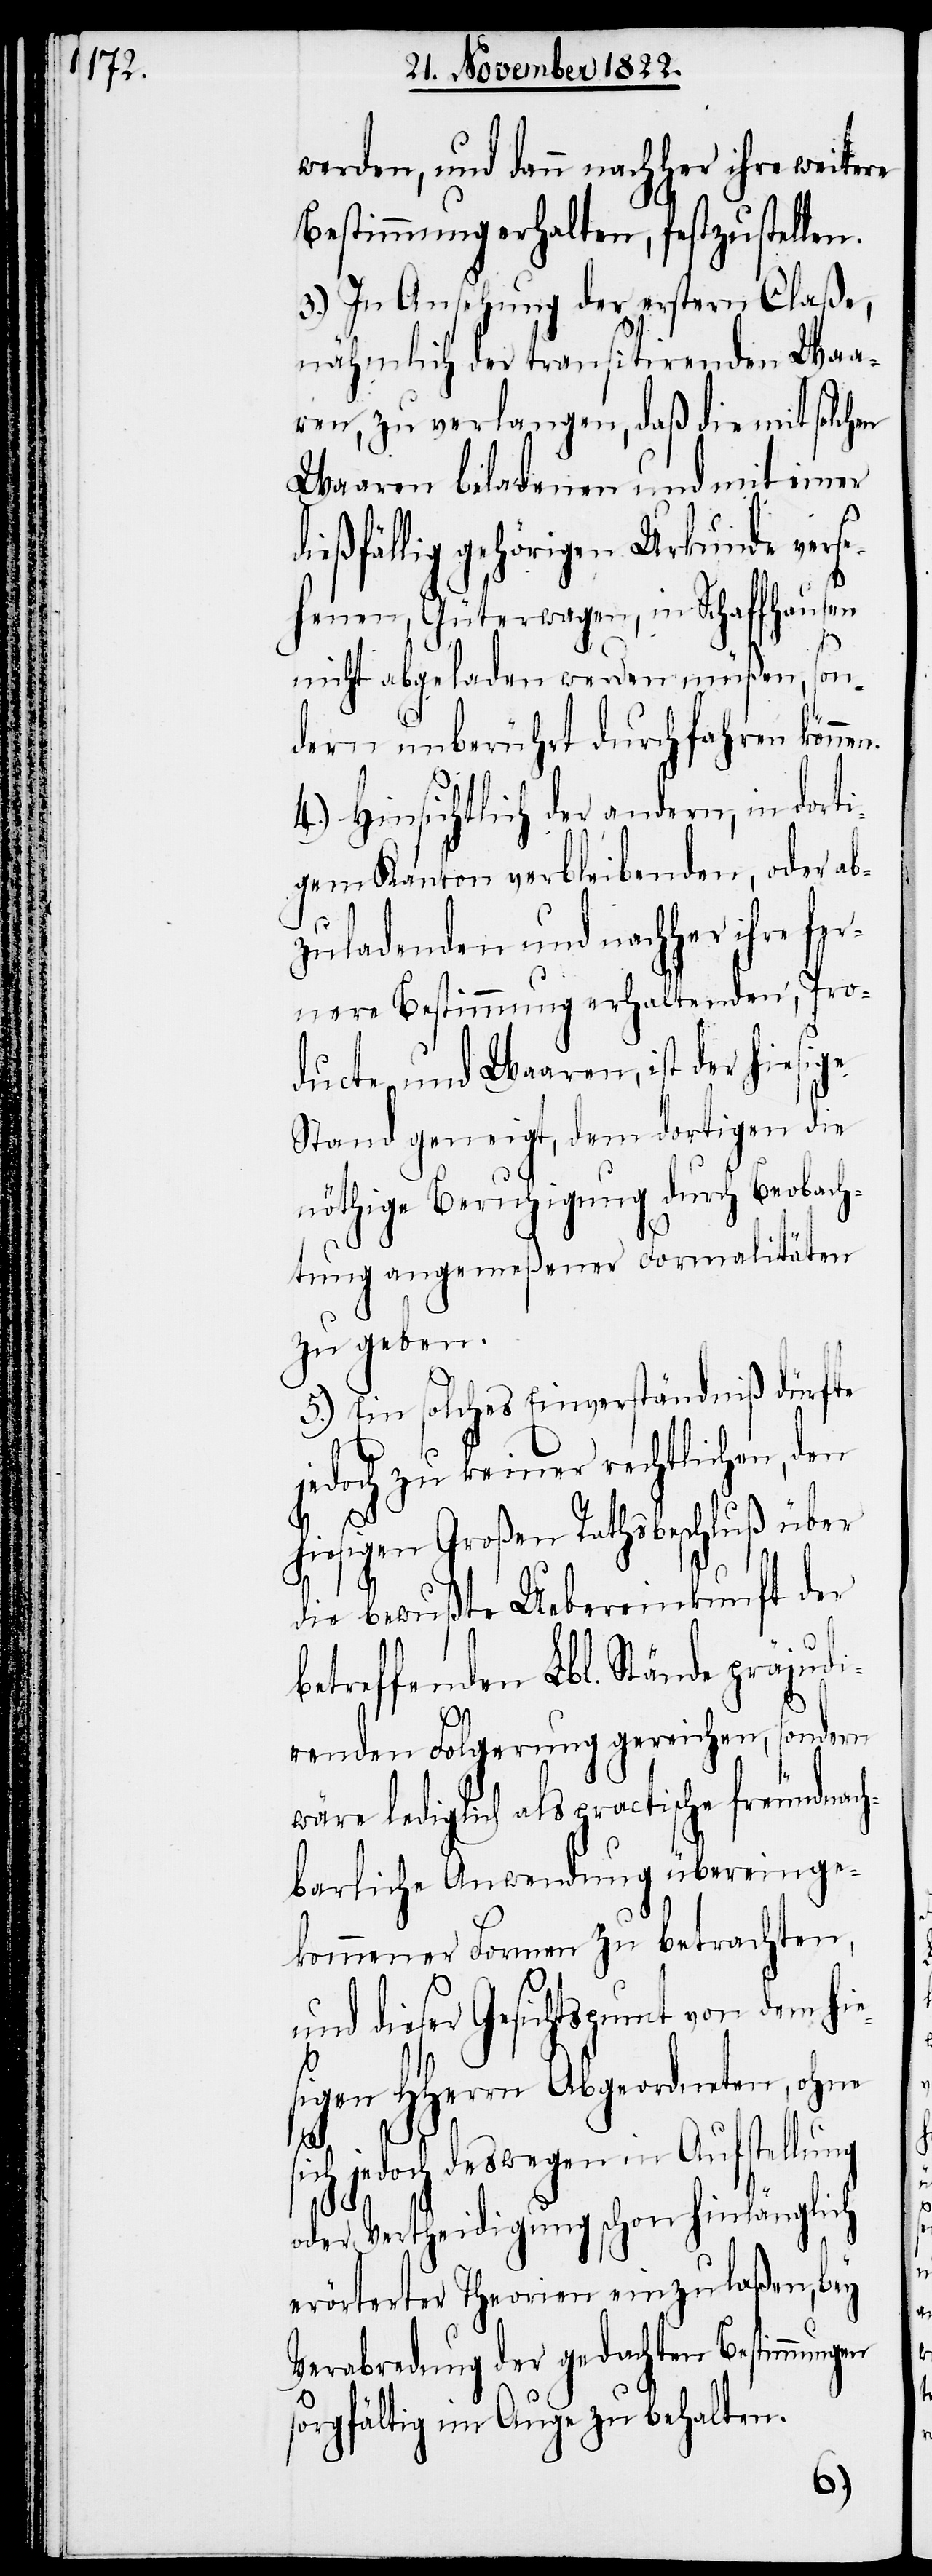
werden, und dann nachher ihre weitere
Bestimmung erhalten, festzustellen.
3) In Ansehung der erstern Claße,
nähmlich der transitirenden Waa¬
ren, zu verlangen, daß die mit solchen
Waaren beladenen und mit einer
ießfällig gehörigen Urkunde vers¬
ehenen, Güterwagen, in Schaffhausen
nicht abgeladen werden müßen, son¬
dern unberührt durchfahren könne¬
4.) Hinsichtlich der andern, in dort¬
igem Kanton verbleibenden, oder ab¬
zuladenden und nachher ihre fe¬
rnere Bestimmung erhaltenden, Pro¬
ducte und Waaren, ist der hiesige
Stand geneigt, dem dortigen die
nöthige Beruhigung durch Beobach¬
tung angemeßener Formalitäten
zu geben.
5.) Ein solchen Einverständniß dürfte
edoch zu keiner rechtlichen,
hiesigen Großen Rathbeschluß über
die bewußte Uebereinkunft der
betreffenden Lbl. Stände präjudi¬
renden Folgerung gereichen, sondern
lediglich als practische freundna¬
hbarliche Anwendung übereinge¬
kommener Formen zu betrachten,
und dieser Gesichtspunct von dem hi¬
igen HHerrn Abgeordneten, ohne
sich jedoch deswegen in Aufstellung
n.
oder Vertheidigung schon hinlänglich
erörterter Theorien einzulaßen, bey
Verabredung der gedachten Bestimmungen
sorgfältig im Auge zu behalten.
es¬